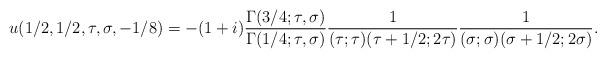
LaTeX: \begin{align*}u(1/2, 1/2, \tau, \sigma, -1/8) = - (1 + i) \frac{\Gamma(3/4; \tau, \sigma)}{\Gamma(1/4; \tau, \sigma)} \frac{1}{(\tau; \tau)(\tau+1/2; 2\tau)} \frac{1}{(\sigma; \sigma)(\sigma + 1/2; 2\sigma)}.\end{align*}